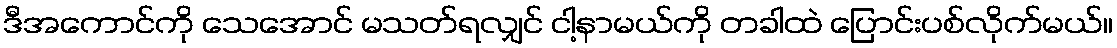
ဒီအကောင်ကို သေအောင် မသတ်ရလျှင် ငါ့နာမယ်ကို တခါထဲ ပြောင်းပစ်လိုက်မယ်။